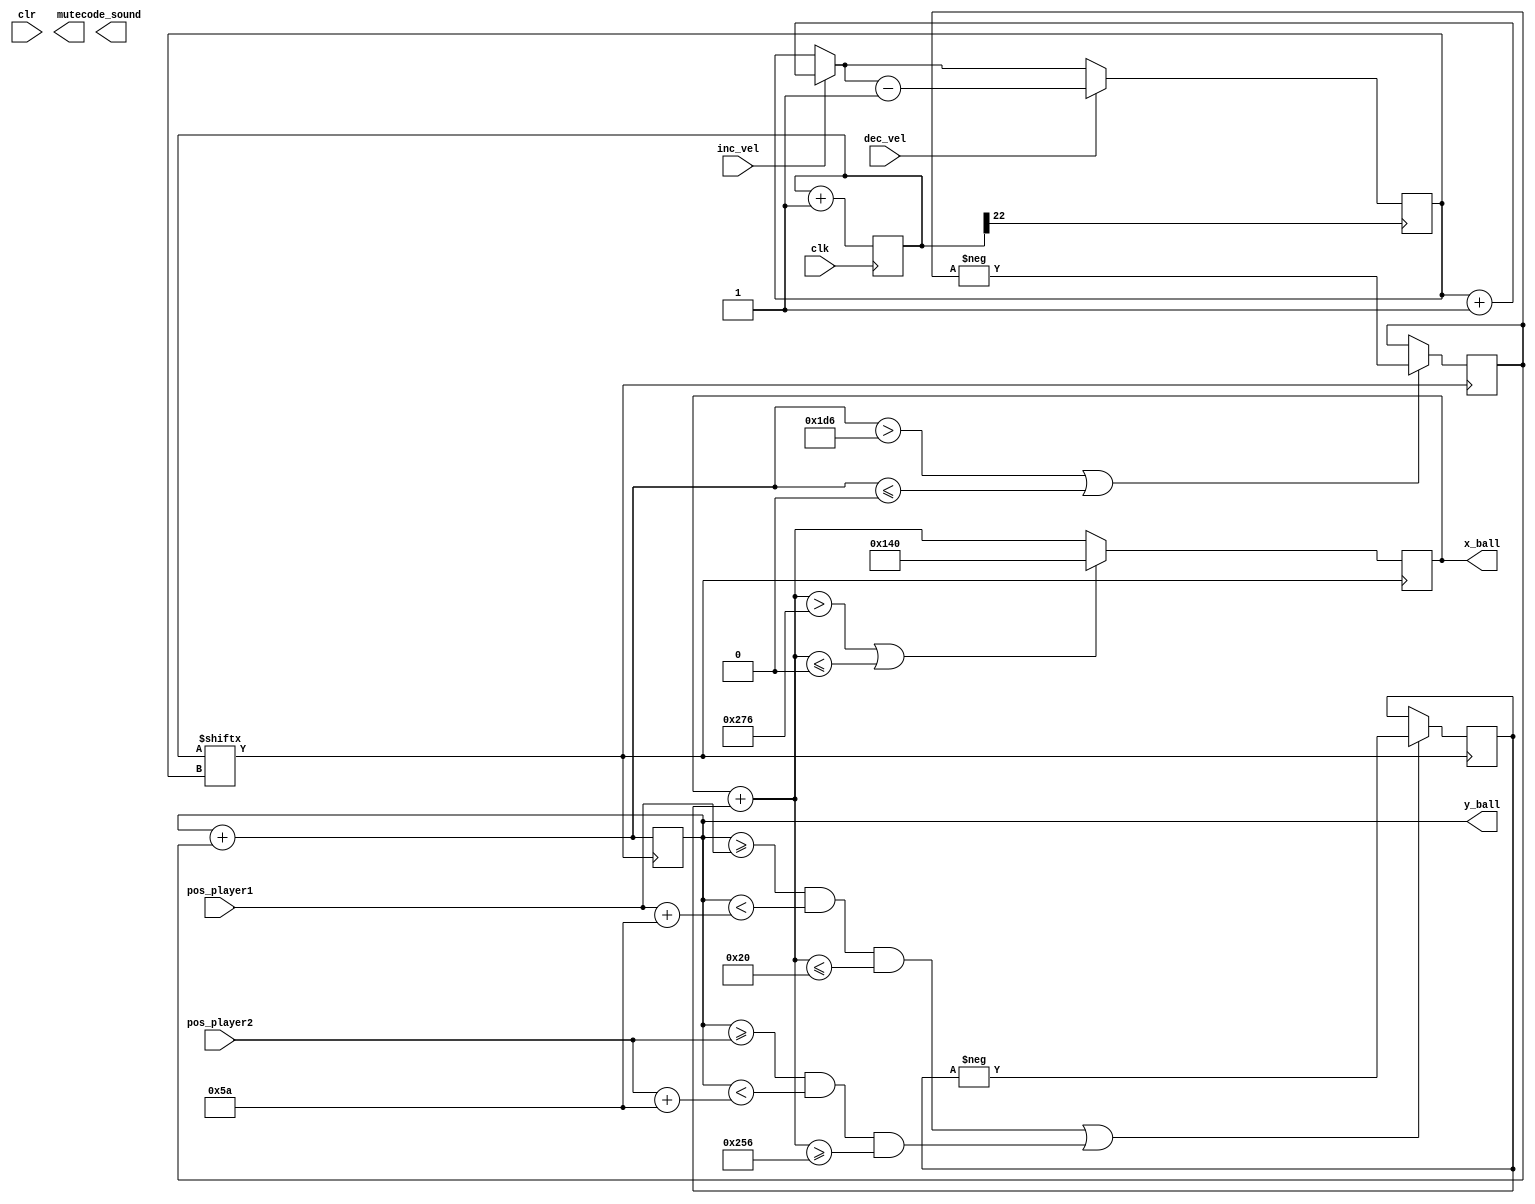
//////////////////////////////////////////////////////////////////////////////////
// Company: Ridotech
// 
// Module Name: dynamic_pong
// Description: Pong game's dynamic.
//              Dinmica del juego pong.
//
// Dependencies: 
//
// Revision: 
// Revision 0.01 - File Created
//
// Additional Comments: 
//
//////////////////////////////////////////////////////////////////////////////////
module dynamic_pong (
                input wire        clk,             // System clock.
                input wire        clr,             // Asynchronous reset.
                input wire [9:0]  pos_player1,     // Position player 1.
                input wire [9:0]  pos_player2,     // Position player 2.
                output reg [9:0]  x_ball,          // X position for ball.
                output reg [9:0]  y_ball,          // Y position for ball.
                input wire        inc_vel,         // Increase velocity.
                input wire        dec_vel,         // Decrease velocity.
                output wire       mute,            // Silence actual sound.
                output wire [1:0] code_sound       // Code of sound (silence, ping, pong, go). 
               );

    // Sounds definition.
    // Definicin de sonidos.
    parameter [1:0] ping = 2'b10;
    parameter [1:0] pong = 2'b01;
    parameter [1:0] go   = 2'b11;
    parameter [1:0] stop = 2'b00;

	// Parmetros... son comunes al bloque graphics. Definir exteriormente para modificar un nico valor.
    localparam size_ball = 10;
    localparam separator = 20;
    localparam width_screen = 640;
    localparam height_screen = 480;
    localparam width_player = 12;
    localparam height_player = 90;

    // Border definition.
    parameter border = 0;
    parameter [9:0] x_min = border;
    parameter [9:0] x_max = width_screen - size_ball - border;
    parameter [9:0] y_min = border;
    parameter [9:0] y_max = height_screen - size_ball - border;

    // Velocity increment in both direction.
    wire pixel;
    reg [9:0] incx = 1;              // Increment in a x direction.
    reg [9:0] incy = 2;              // Increment in a y direction.
    reg [5:0] delay = 16;            // Delay for animation.
    reg [31:0] counter = 0;          // Counter for delay.

    // Increment and decrement animation.
    always @(posedge counter[22])
    begin
        if (inc_vel) delay = delay + 1;
        if (dec_vel) delay = delay - 1;
    end

    // Actualice counter.
    always @(posedge clk)
    begin
        counter <= counter + 1;
    end

    // Init ball parameters.
    always @(posedge clk or posedge clr)
    begin
        if (clr)
        // If clr active, go back to initial values.
        begin
           //incx = 1;
           //incy = 2;
		   //x_ball = (width_screen - size_ball)/2;
		   //y_ball = (height_screen - size_ball)/2;
           //mute = 0;
           //code_sound = go;
        end
    end

    // If counter is zero, new animation and new delay.
    always @ (posedge counter[delay])
    begin
        //---
        // Actualiza las componentes 'x' e 'y' de la velocidad de la pelota.
        //---

        //---
        // Comprueba los choques para cambiar la direccin de la velocidad en 'x'.
        //---
        x_ball = x_ball + incx;
        if (
            // Lmites del campo (en un futuro sern los goles, por ahora rebota).
            (x_ball > x_max) || (x_ball <= x_min)
        )
        begin
           //incx = 1;
           //incy = 2;
		   x_ball <= 320;
		   y_ball <= 240;            
        end
        
        if (    
            // Choque frontal con los jugadores.
            ((y_ball >= pos_player1) && (y_ball < pos_player1 + height_player) && (x_ball <= width_player + separator))
            || ((y_ball >= pos_player2) && (y_ball < pos_player2 + height_player) && (x_ball >= width_screen - separator - width_player - size_ball))
            )
        begin
            incx <= -incx;
            //mute = 0;
            //code_sound <= pong;
        end
        
        //---
        // Comprueba los choques para cambiar la direccin de la velocidad en 'y'.
        //---
        y_ball = y_ball + incy;
        if (
            // Choques superior e inferior con el borde del campo.
            (y_ball > y_max) || (y_ball <= y_min)
            
            // Choques con la parte superior de los jugadores.
            // || ((y_ball >= pos_player1-size_ball) && (x_ball >= separator) && (x_ball < separator + width_player))
            // || ((y_ball >= pos_player2-size_ball) && (x_ball >= width_screen - separator - width_player) && (x_ball < width_screen - separator))

            // Choques con la parte inferior de los jugadores.
            // || ((y_ball <= pos_player1+height_player) && (x_ball >= separator) && (x_ball < separator + width_player))
            // || ((y_ball <= pos_player2+height_player) && (x_ball >= width_screen - separator - width_player) && (x_ball < width_screen - separator))
           )
        begin
            incy <= -incy;
            //mute = 0;
            //code_sound <= ping;
        end
    end
endmodule